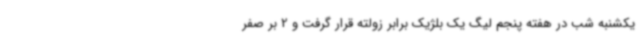
یکشنبه شب در هفته پنجم لیگ یک بلژیک برابر زولته قرار گرفت و 2 بر صفر